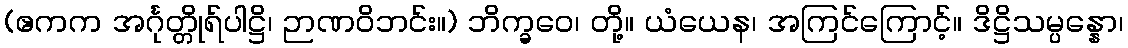
(ဧကက အင်္ဂုတ္တိုရ်ပါဋ္ဌိ၊ ဉာဏဝိဘင်း။) ဘိက္ခဝေ၊ တို့။ ယံယေန၊ အကြင်ကြောင့်။ ဒိဋ္ဌိသမ္ပန္နော၊